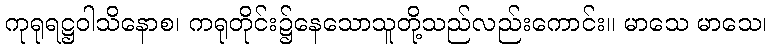
ကုရုရဋ္ဌဝါသိနောစ၊ ကရုတိုင်း၌နေသောသူတို့သည်လည်းကောင်း။ မာသေ မာသေ၊